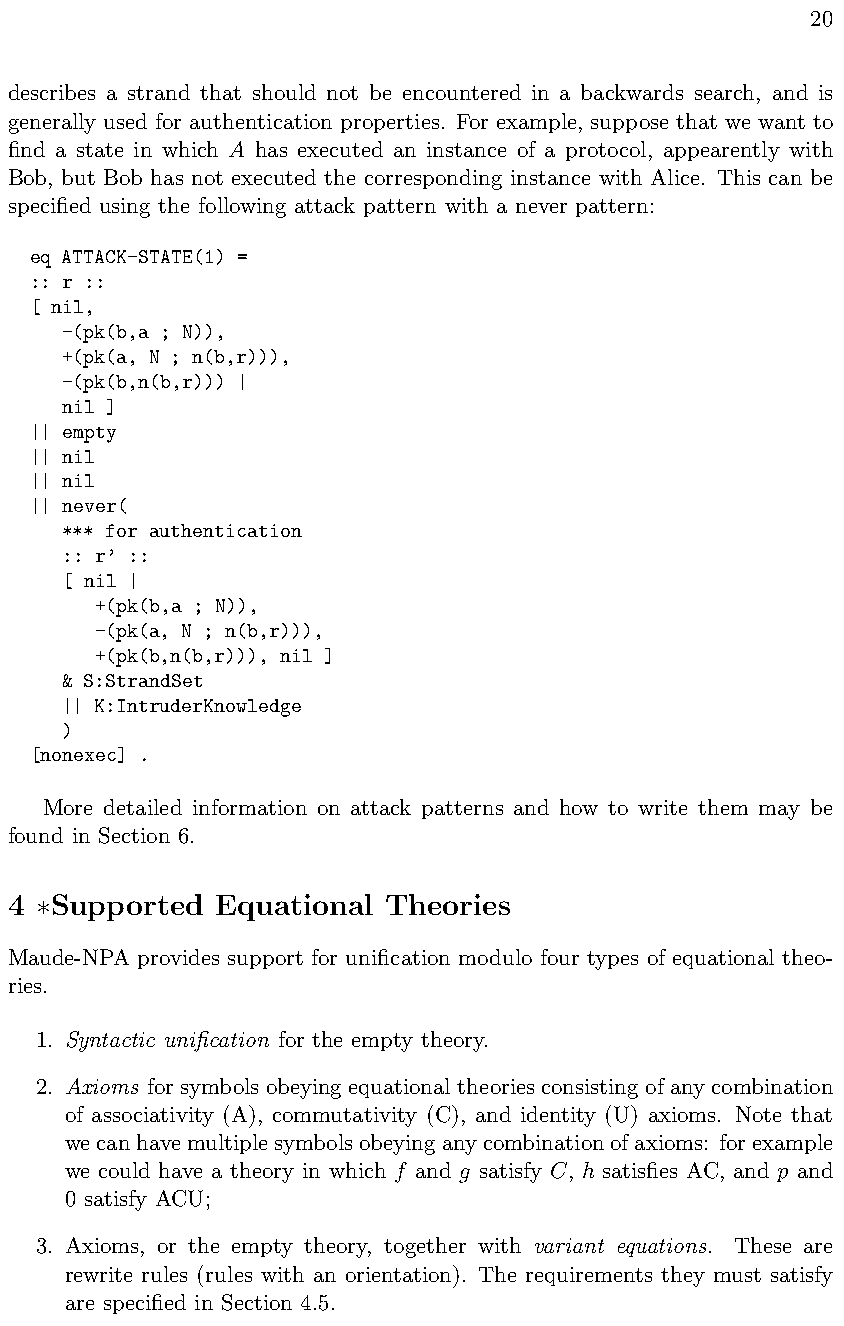
20
 describes a strand that should not be encountered in a backwards search, and is
 generally used for authentication properties. For example, suppose that we want to
 find a state in which A has executed an instance of a protocol, appearently with
 Bob, but Bob has not executed the corresponding instance with Alice. This can be
 specified using the following attack pattern with a never pattern:
 eq ATTACK-STATE(1) =
 :: r ::
 [ nil,
 -(pk(b,a ; N)),
 +(pk(a, N ; n(b,r))),
 -(pk(b,n(b,r))) |
 nil ]
 || empty
 || nil
 || nil
 || never(
 *** for authentication
 :: r’ ::
 [ nil |
 +(pk(b,a ; N)),
 -(pk(a, N ; n(b,r))),
 +(pk(b,n(b,r))), nil ]
 & S:StrandSet
 || K:IntruderKnowledge
 )
 [nonexec] .
 More detailed information on attack patterns and how to write them may be
 found in Section 6.
 4  Supported  Equational Theories
 ⇤
 Maude-NPA provides support for unification modulo four types of equational theo-
 ries.
 1. Syntactic unification for the empty theory.
 2. Axioms forsymbolsobeyingequationaltheoriesconsistingofanycombination
 of associativity (A), commutativity (C), and identity (U) axioms. Note that
 wecanhavemultiplesymbolsobeyinganycombinationofaxioms: forexample
 we could have a theory in which f and g satisfy C, h satisfies AC, and p and
 0 satisfy ACU;
 3. Axioms, or the empty theory, together with variant equations. These are
 rewrite rules (rules with an orientation). The requirements they must satisfy
 are specified in Section 4.5.